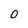
Character: 0